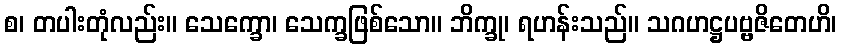
စ၊ တပါးတုံလည်း။ သေက္ခော၊ သေက္ခဖြစ်သော။ ဘိက္ခု၊ ရဟန်းသည်။ သဂဟဋ္ဌပဗ္ဗဇိတေဟိ၊